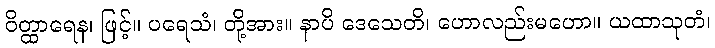
ဝိတ္ထာရေန၊ ဖြင့်။ ပရေသံ၊ တို့အား။ နာပိ ဒေသေတိ၊ ဟောလည်းမဟော။ ယထာသုတံ၊